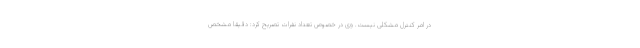
در امر کنترل مشکلی نیست. وی در خصوص تعداد نفرات تصریح کرد: دقیقا مشخص